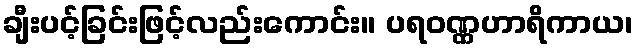
ချီးပင့်ခြင်းဖြင့်လည်းကောင်း။ ပရဝဏ္ဏဟာရိကာယ၊